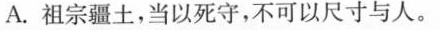
A.祖宗疆土，当以死守，不可以尺寸与人。